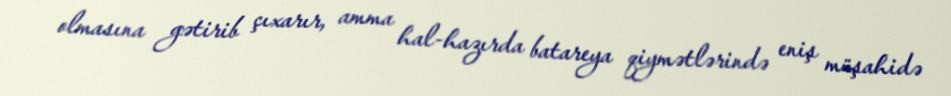
olmasına gətirib çıxarır, amma hal-hazırda batareya qiymətlərində eniş müşahidə